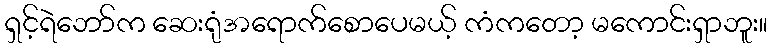
ရှင့်ရဲဘော်က ဆေးရုံအရောက်စောပေမယ့် ကံကတော့ မကောင်းရှာဘူး။